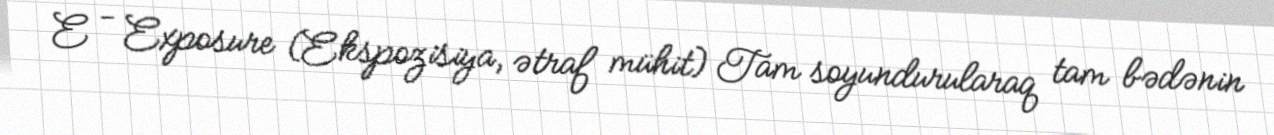
E - Exposure (Ekspozisiya, ətraf mühit) Tam soyundurularaq tam bədənin